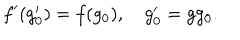
LaTeX: f ^ { \prime } ( g _ { 0 } ^ { \prime } ) = f ( g _ { 0 } ) , \quad g _ { 0 } ^ { \prime } = g g _ { 0 } .